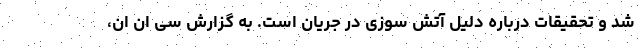
شد و تحقیقات درباره دلیل آتش سوزی در جریان است. به گزارش سی ان ان،